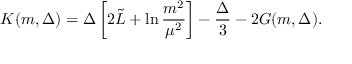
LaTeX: K ( m , \Delta ) = \Delta \left[ 2 \tilde { L } + \ln \frac { m ^ { 2 } } { \mu ^ { 2 } } \right] - \frac { \Delta } { 3 } - 2 G ( m , \Delta ) .